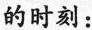
的时刻：